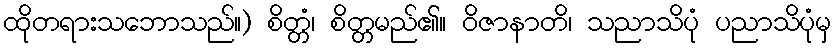
ထိုတရားသဘောသည်။) စိတ္တံ၊ စိတ္တမည်၏။ ဝိဇာနာတိ၊ သညာသိပုံ ပညာသိပုံမှ